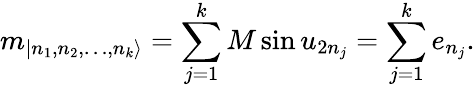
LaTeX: m_{|n_{1},n_{2},\dots,n_{k}\rangle}=\sum_{j=1}^{k}M\sin u_{2n_{j}}=\sum_{j=1}^{k}e_{n_{j}}.